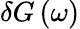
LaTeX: \delta G\left(\omega\right)